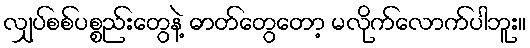
လျှပ်စစ်ပစ္စည်းတွေနဲ့ ဓာတ်တွေတော့ မလိုက်လောက်ပါဘူး။